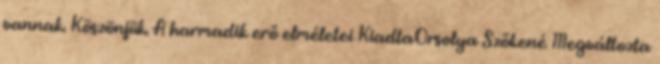
vannak. Köszönjük. A harmadik erő elméletei KiadtaOrsolya Szőkené Megváltozta